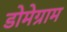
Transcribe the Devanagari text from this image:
डोमेग्राम